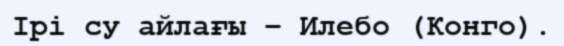
Ірі су айлағы – Илебо (Конго).